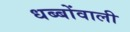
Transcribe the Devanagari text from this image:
धब्बोंवाली